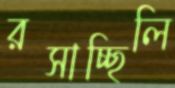
রসাচ্ছিলি